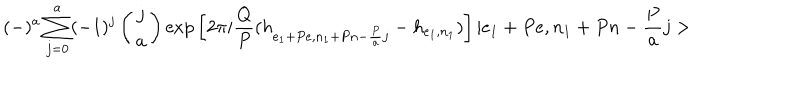
LaTeX: ( - ) ^ { a } \sum _ { j = 0 } ^ { a } ( - 1 ) ^ { j } \left( \begin{array} { c } { { j } } \\ { { a } } \\ \end{array} \right) \mathrm { e x p } \left[ 2 \pi i \frac { Q } { P } ( h _ { e _ { 1 } + P e , n _ { 1 } + P n - \frac { P } { a } j } - h _ { e _ { 1 } , n _ { 1 } } ) \right] | e _ { 1 } + P e , n _ { 1 } + P n - \frac { P } { a } j >